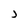
Character: J